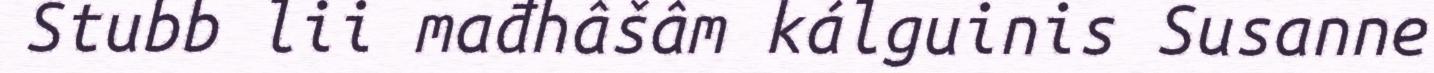
Stubb lii mađhâšâm kálguinis Susanne